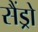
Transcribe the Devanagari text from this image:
सैंड्रो